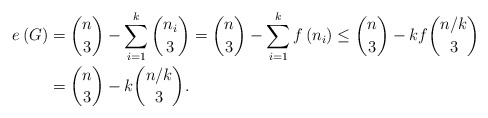
\begin{align*}e\left( G\right) & =\binom{n}{3}-\sum_{i=1}^{k}\binom{n_{i}}{3}=\binom{n}{3}-\sum_{i=1}^{k}f\left( n_{i}\right) \leq\binom{n}{3}-kf\binom{n/k}{3}\\& =\binom{n}{3}-k\binom{n/k}{3}.\end{align*}